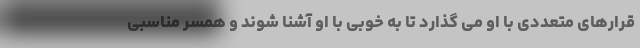
قرارهای متعددی با او می گذارد تا به خوبی با او آشنا شوند و همسر مناسبی